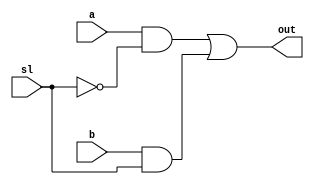
module muxtwo(out, a, b, sl);
    input a, b, sl;
    output out;
    wire nsl, sela, selb;
        assign nsl = ~sl;
        assign sela = a & nsl;
        assign selb = b & sl;
        assign out = sela | selb;
endmodule